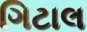
ગિટાલ